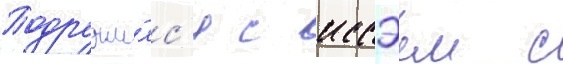
Подружи́лс'я с иссэем с